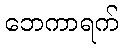
ဘေကာရက်